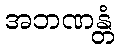
အဘဏန္တံ